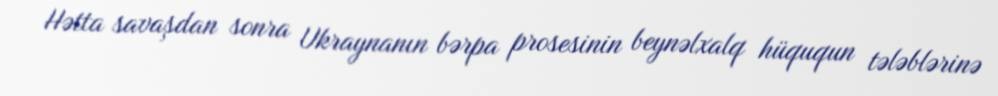
Hətta savaşdan sonra Ukraynanın bərpa prosesinin beynəlxalq hüququn tələblərinə